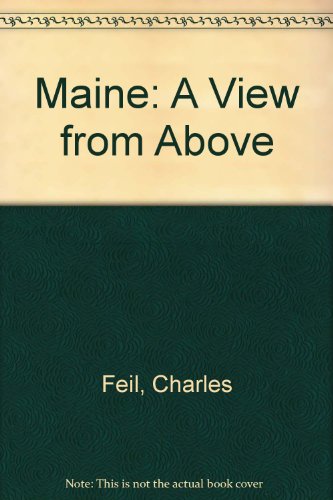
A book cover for Maine: A View from Above; Charles Feil; Travel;